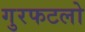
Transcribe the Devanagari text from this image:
गुरफटलो